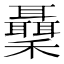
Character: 𥤋